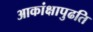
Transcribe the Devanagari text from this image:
आकांक्षापुढति